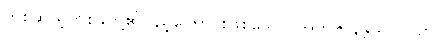
တစ်ဆယ့်တစ်ခုတို့၏ပြည့်ကြောင်းဖြစ်သော။ အဘိဇာနန္တသတိပဉှာ၊